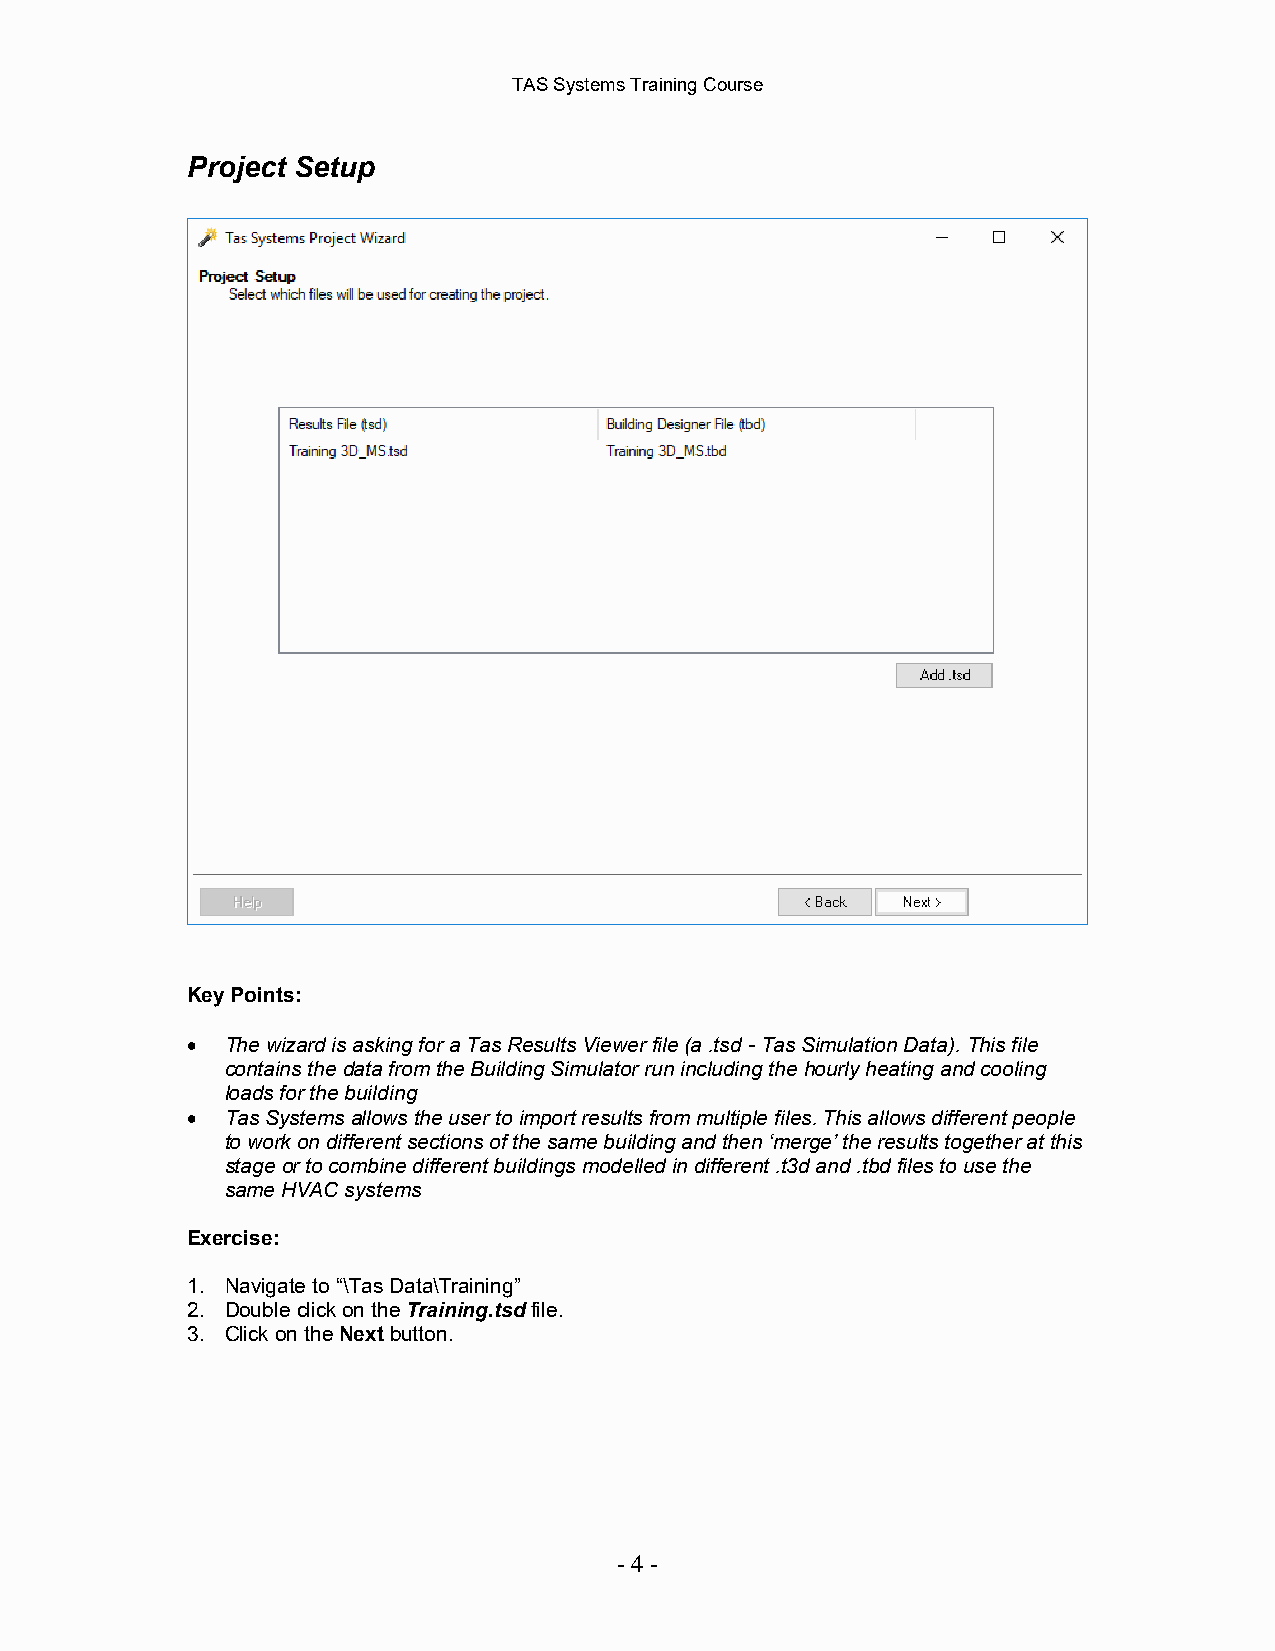
TAS Systems Training Course
 Project Setup
 Key Points:
 •  The wizard is asking for a Tas Results Viewer file (a .tsd - Tas Simulation Data). This file
 contains the data from the Building Simulator run including the hourly heating and cooling
 loads for the building
 •  Tas Systems allows the user to import results from multiple files. This allows different people
 to work on different sections of the same building and then ‘merge’ the results together at this
 stage or to combine different buildings modelled in different .t3d and .tbd files to use the
 same HVAC systems
 Exercise:
 1. Navigate to “\Tas Data\Training”
 2. Double click on the Training.tsd file.
 3. Click on the Next button.
 - 4 -